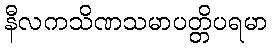
နီလကသိဏသမာပတ္တိပရမာ